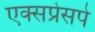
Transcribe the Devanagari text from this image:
एक्सप्रेसपे